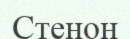
Стенон